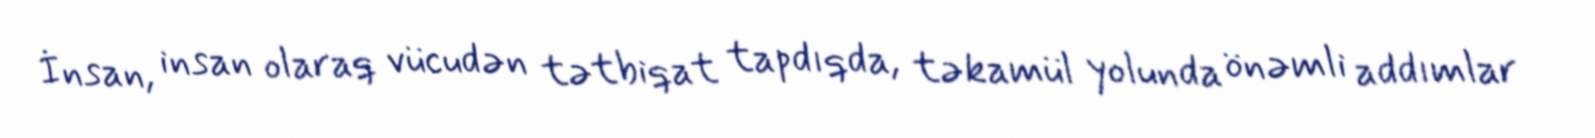
İnsan, insan olaraq vücudən tətbiqat tapdıqda, təkamül yolunda önəmli addımlar